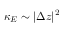
\kappa _ { E } \sim \vert \Delta z \vert ^ { 2 }